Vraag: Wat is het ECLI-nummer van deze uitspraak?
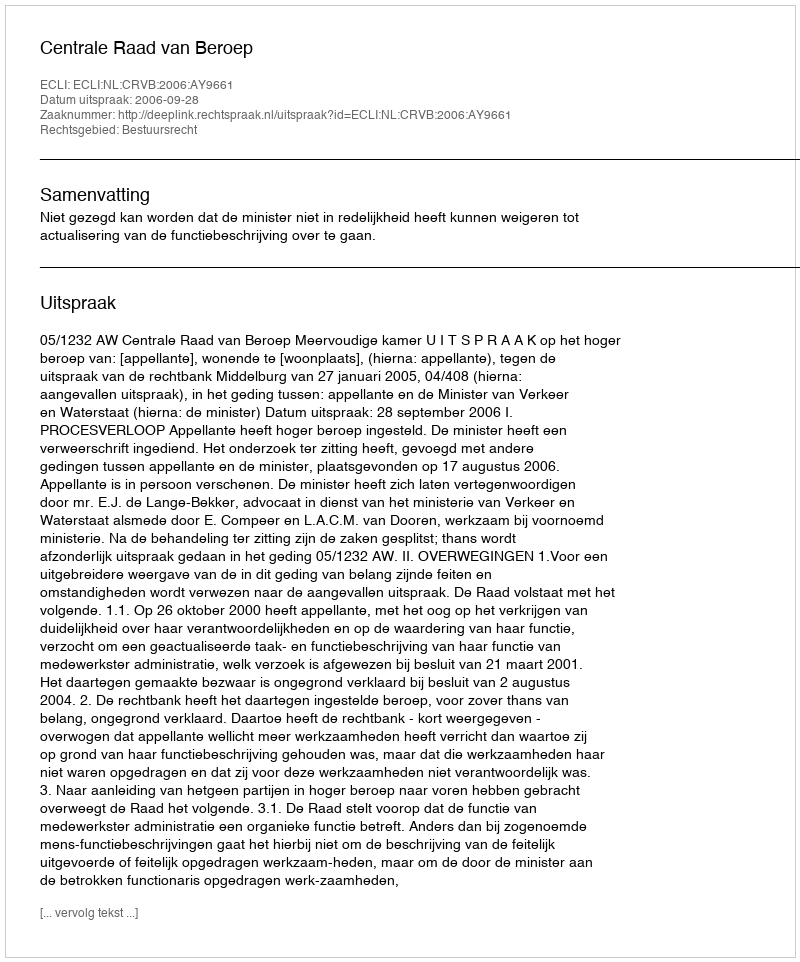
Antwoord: ECLI:NL:CRVB:2006:AY9661